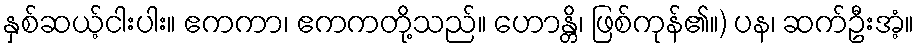
နှစ်ဆယ့်ငါးပါး။ ဧကကာ၊ ဧကကတို့သည်။ ဟောန္တိ၊ ဖြစ်ကုန်၏။) ပန၊ ဆက်ဦးအံ့။